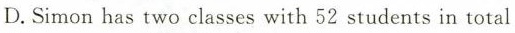
D.Simon has two classes with 52 students in total